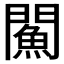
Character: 𨶢